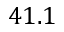
4 1 . 1